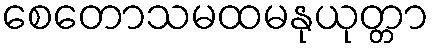
စေတောသမထမနုယုတ္တာ